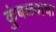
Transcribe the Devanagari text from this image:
कुंबळ्याचा